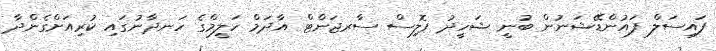
ފައިސަލް ފައުންޑޭޝަނުން ބުނީ ޝަހީދު ޕޮލިސް ސާރޖަންޓް އާދަމް ހަލީމްގެ ހަނދާނުގައި ކުރިއަށްގެންދާ